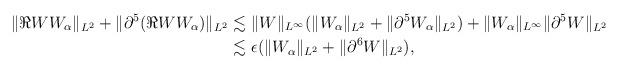
LaTeX: \begin{align*}\| \Re W W_\alpha\|_{L^2} + \|\partial^5 (\Re W W_\alpha)\|_{L^2} \lesssim & \ \|W\|_{L^\infty} (\| W_\alpha\|_{L^2} + \| \partial^5 W_\alpha\|_{L^2})+ \| W_\alpha\|_{L^\infty} \| \partial^5 W\|_{L^2}\\ \lesssim & \ \epsilon (\| W_\alpha\|_{L^2}+ \|\partial^6 W\|_{L^2}),\end{align*}